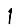
Digit: 1